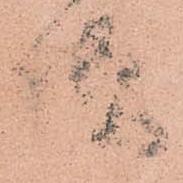
様